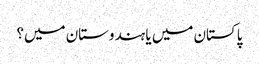
پاکستان میں یا ہندوستان میں؟